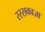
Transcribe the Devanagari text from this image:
रस्सकाज़ा